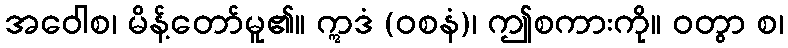
အဝေါစ၊ မိန့်တော်မူ၏။ ဣဒံ (ဝစနံ)၊ ဤစကားကို။ ဝတွာ စ၊